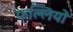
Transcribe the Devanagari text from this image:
फल्लियों